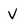
Character: V